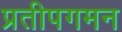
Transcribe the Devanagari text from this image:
प्रतीपगमन